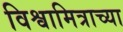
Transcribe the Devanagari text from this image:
विश्वामित्राच्या